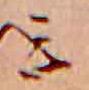
ミ